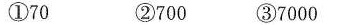
①70 ② 700 ③7000